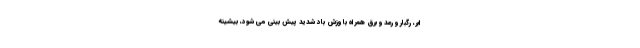
ابر، رگبار و رعد و برق همراه با وزش باد شدید پیش بینی می شود، بیشینه